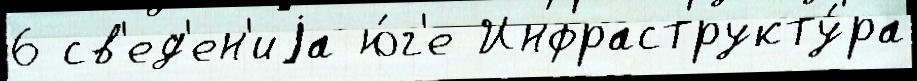
6 св'ед'ен'иjа ю́г'е Инфраструкту́ра